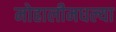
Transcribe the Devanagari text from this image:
मोहालीमधल्या